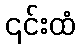
၎င်းထံ